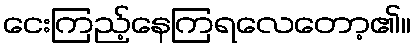
ငေးကြည့်နေကြရလေတော့၏။